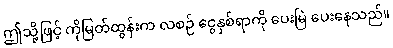
ဤသို့ဖြင့် ကိုမြတ်ထွန်းက လစဉ် ငွေနှစ်ရာကို ပေးမြဲ ပေးနေသည်။